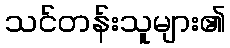
သင်တန်းသူများ၏